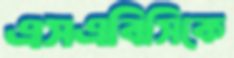
এসএবিসিকে